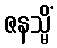
ဇနသ္မိံ